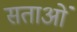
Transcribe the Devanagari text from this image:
सताओं